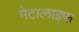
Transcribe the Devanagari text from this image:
मेटालाइफ